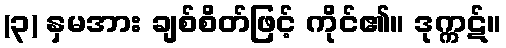
(၃) နှမအား ချစ်စိတ်ဖြင့် ကိုင်၏။ ဒုက္ကဋ်။